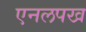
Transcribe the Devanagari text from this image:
एनलपख